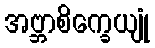
အဗ္ဘာစိက္ခေယျုံ